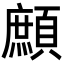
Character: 𩔼